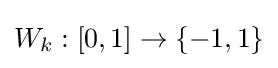
W_{k}:[0,1]\rightarrow \{-1,1\}